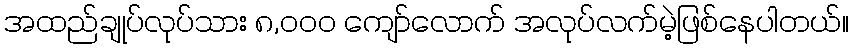
အထည်ချုပ်လုပ်သား ၈,၀၀၀ ကျော်လောက် အလုပ်လက်မဲ့ဖြစ်နေပါတယ်။